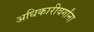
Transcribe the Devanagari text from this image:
अधिकारीवर्गांना